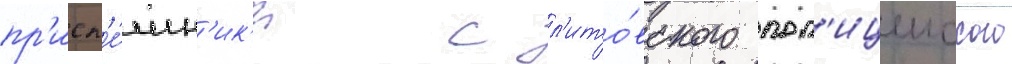
пр'исп'е́шн'ик'и с л'ито́вского пол'ицеиского